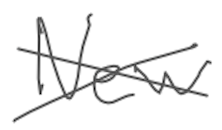
Text: New
Cross-out: cross
Writing tool: digital_gray